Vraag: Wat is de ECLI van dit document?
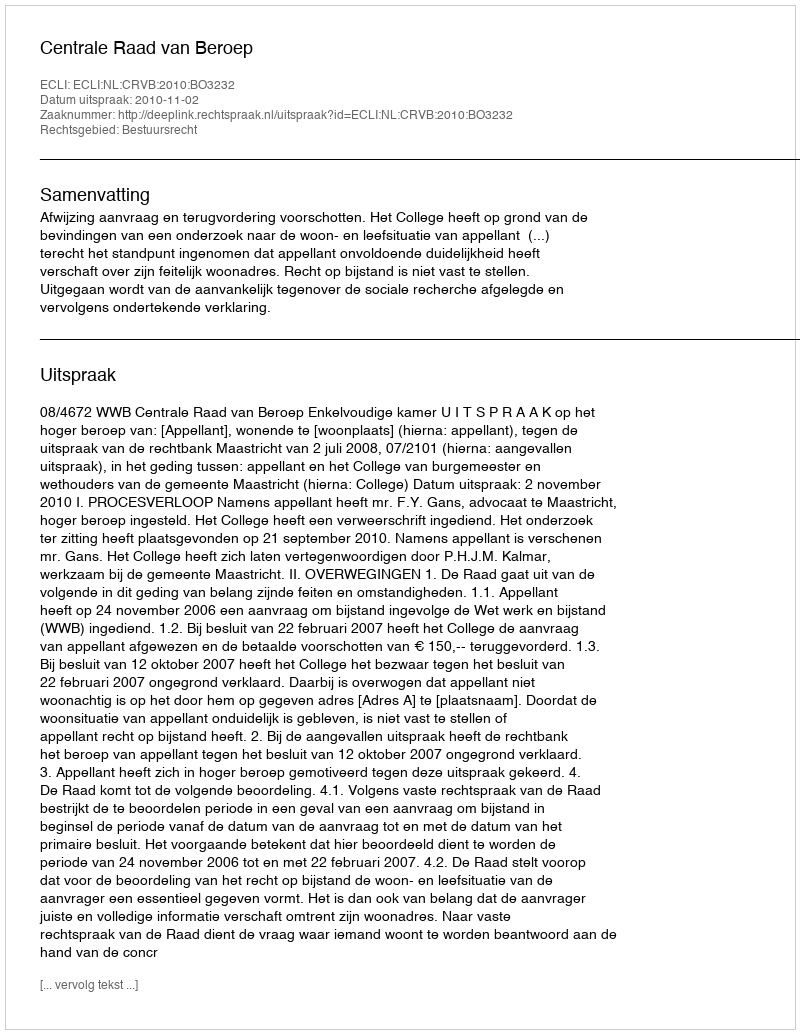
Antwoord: ECLI:NL:CRVB:2010:BO3232